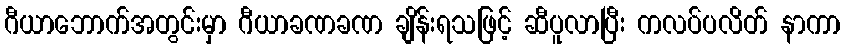
ဂီယာဘောက်အတွင်းမှာ ဂီယာခဏခဏ ချိန်းရသဖြင့် ဆီပူလာပြီး ကလပ်ပလိတ် နာကာ